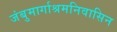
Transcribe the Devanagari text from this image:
जंबुमार्गाश्रमनिवासिन